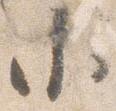
小